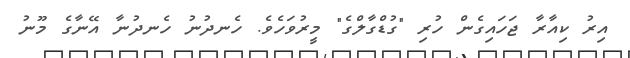
އިރު ކިއާރާ ޖަހައިގެން ހުރި "ގުޑްގާލްގެ" މީރުވަހެވެ. ހެނދުނު ހެނދުނާ އޭނާގެ މޫނު